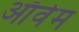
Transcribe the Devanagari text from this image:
ऑर्वम